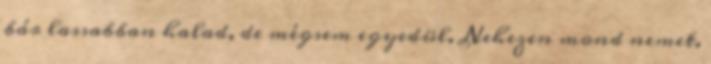
bár lassabban halad, de mégsem egyedül. Nehezen mond nemet,